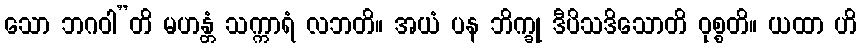
သော ဘဂဝါ”တိ မဟန္တံ သက္ကာရံ လဘတိ။ အယံ ပန ဘိက္ခု ဒီပိသဒိသောတိ ဝုစ္စတိ။ ယထာ ဟိ